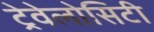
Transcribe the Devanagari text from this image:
ट्रेवेलोसिटी